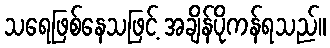
သရေဖြစ်နေသဖြင့် အချိန်ပိုကန်ရသည်။